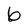
Character: 6